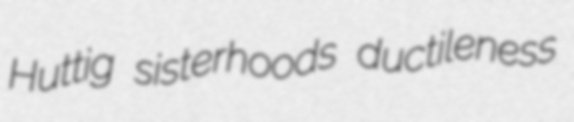
Huttig sisterhoods ductileness